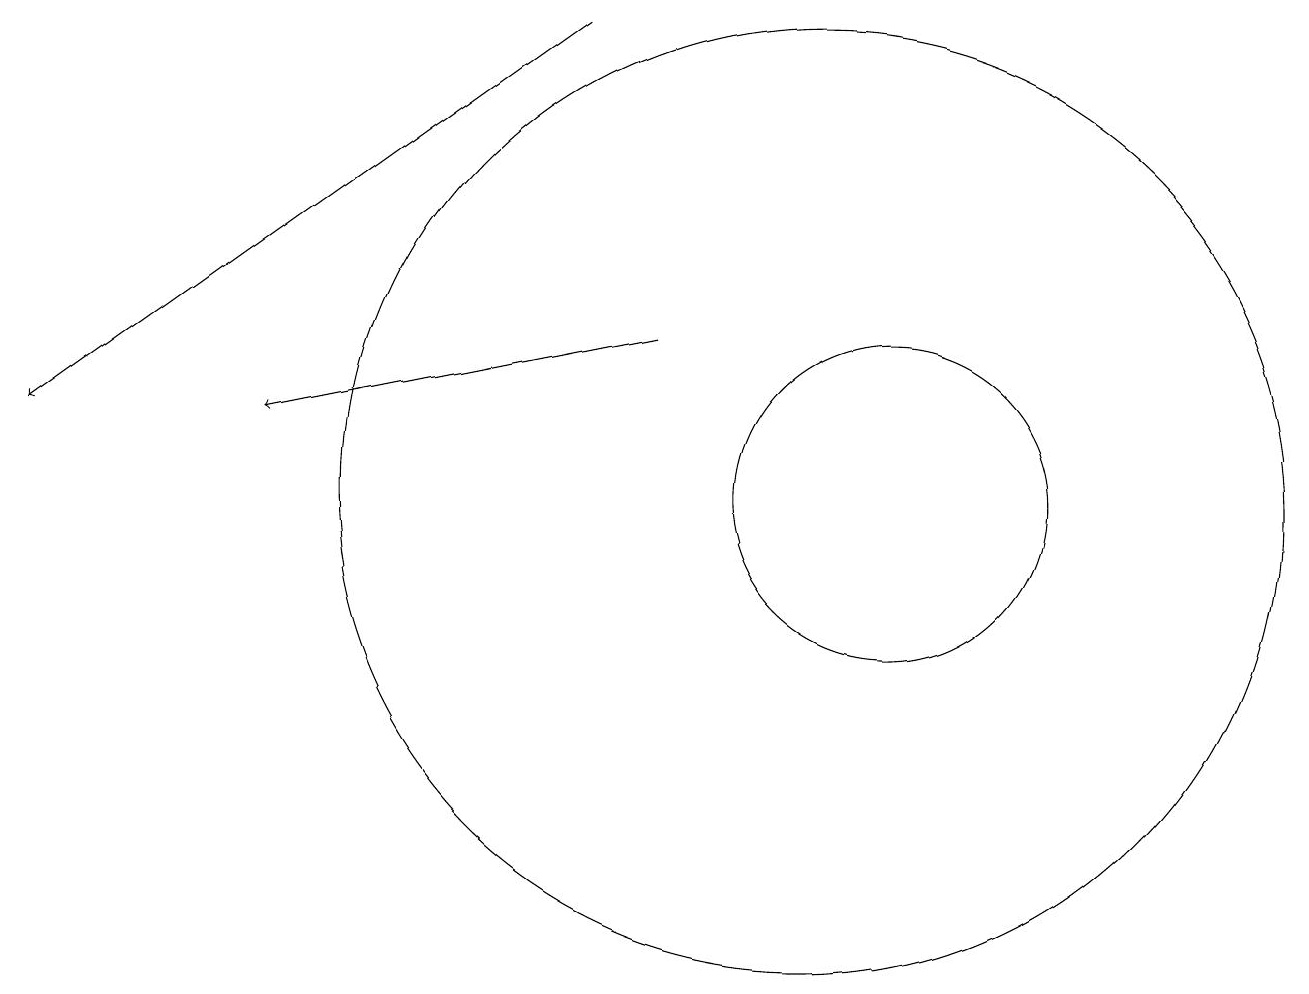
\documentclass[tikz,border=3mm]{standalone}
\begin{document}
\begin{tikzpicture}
\draw[->] (7,17) -- (0,12);
\draw[->] (8,13) -- (3,12);
\draw (10,11) circle (6);
\draw (11,11) circle (2);
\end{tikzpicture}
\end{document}